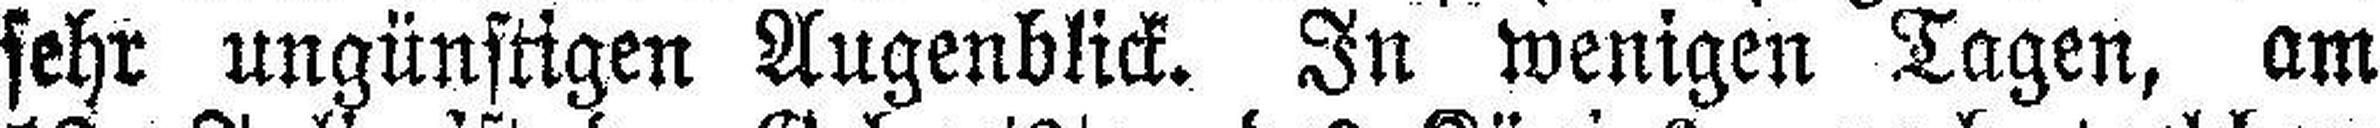
sehr ungünstigen Augenblick. In wenigen Tagen, am